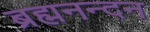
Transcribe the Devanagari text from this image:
ब्रह्मनन्दन